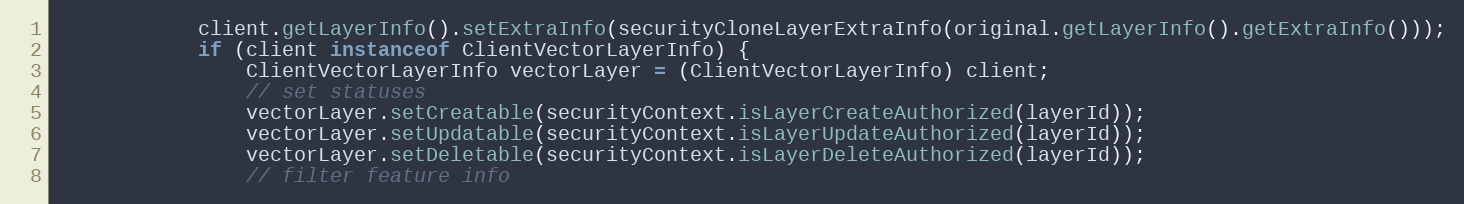
Language: Java
			client.getLayerInfo().setExtraInfo(securityCloneLayerExtraInfo(original.getLayerInfo().getExtraInfo()));
			if (client instanceof ClientVectorLayerInfo) {
				ClientVectorLayerInfo vectorLayer = (ClientVectorLayerInfo) client;
				// set statuses
				vectorLayer.setCreatable(securityContext.isLayerCreateAuthorized(layerId));
				vectorLayer.setUpdatable(securityContext.isLayerUpdateAuthorized(layerId));
				vectorLayer.setDeletable(securityContext.isLayerDeleteAuthorized(layerId));
				// filter feature info